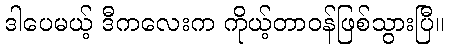
ဒါပေမယ့် ဒီကလေးက ကိုယ့်တာဝန်ဖြစ်သွားပြီ။